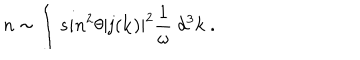
n \sim \int s i n ^ { 2 } \theta | { \bf j } ( { \bf k } ) | ^ { 2 } { \frac { 1 } { \omega } } ~ d ^ { 3 } k \; .